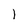
Character: 1